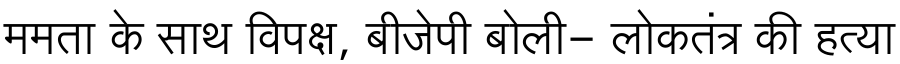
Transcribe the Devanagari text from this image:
ममता के साथ विपक्ष, बीजेपी बोली- लोकतंत्र की हत्या